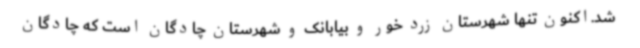
شد.اکنون تنها شهرستان زرد خور و بیابانک و شهرستان چادگان است که چادگان